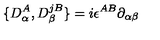
\{ D _ { \alpha } ^ { A } , D _ { \beta } ^ { j B } \} = i \epsilon ^ { A B } \partial _ { \alpha \beta }